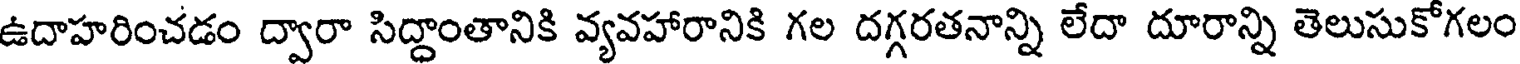
ఉదాహరించడం ద్వారా సిద్ధాంతానికి వ్యవహారానికి గల దగ్గరతనాన్ని లేదా దూరాన్ని తెలుసుకోగలం